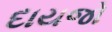
દાયજો